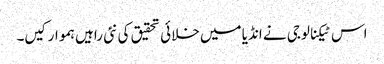
اس ٹیکنالوجی نے انڈیا میں خلائی تحقیق کی نئی راہیں ہموار کیں۔